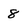
Character: 8